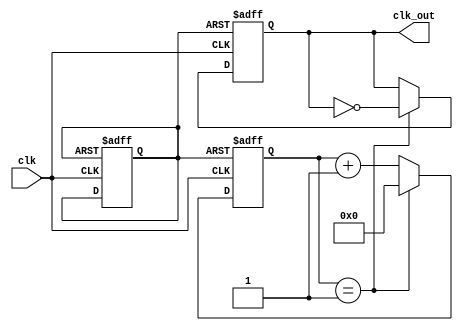
module FrequencyDivider(clk,clk_out);

input clk;
    output reg clk_out;
    reg rst;
	 
/* el parametro n es la razon entre el periodo de salida sobre
dos veces el periodo de entrada   menos uno ya que cuenta desde 0, en este caso */
	
	parameter Ts = 80;
	parameter Te = 20;
	parameter n = ((Ts/(2*Te))-1);//si las unidades de Ts y Te son iguales se desprecian ya que en la division se cancelan.
	
	 
/* El parametro BitCount es el numero de bits necesarios para representar el paramtro n en binario, con
el fin de reducir calculos se le asigna a bitcount un valor grande en este caso 31 para no tener que efectuar la 
convercion a binario de cada parametron, si en algun caso el numero para representar el valor de n en 
binario es mayor a 31 este debe modificarse  */	 
	 parameter bitCount = 31;
	 reg [bitCount:0] counter;// vector de bitCount bits de tipo reg cuyo bit mas significante es el que ocupa 
	 // la posicin bitCounter-1

initial
rst=0;// la variable rst se usa para poner las condiciones iniciales para empezar el conteo

    always @(posedge clk or negedge rst)//el proceso se evalua cada vez que se produce un flanco de subida en clk(0 a 1) 
													 //o un flanco de bajada es rst(1 a 0)				
	
	// se ponen los valores iniciales para dar paso al conteo
	begin
      if(!rst)// si rst = 0
       begin
       rst<=1;
       counter<=32'd0;
       clk_out <= 1'b0;//el reloj de baja frecuencia empieza en cero
       end
		 
		 
		 // cuando rst = 1 es decir se inicia el conteo
     else 
	 //si counter alcanzo el valor de n se cambia el estado de clk_out,se pone counter en 0 para que vuelva a contar
	 // y se modifica el valor de clk_out
       if(counter==n) 
         begin
         counter<=32'd0;
         clk_out <= ~clk_out;
         end
      // empieza a contar la variable counter si counter<divisor y rst=1
		else
       begin
       counter<=counter+1;
       end
   end
   
	


endmodule